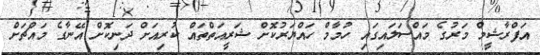
އަފްރާޝީމް މަރުގެ މައްސަލައިގައި ހުމާމް ހައްޔަރުކޮށް ޝަރީއަތްތައް ކުރިއަށް ދަނިކޮށް އޭނާގެ މައްޗަށް